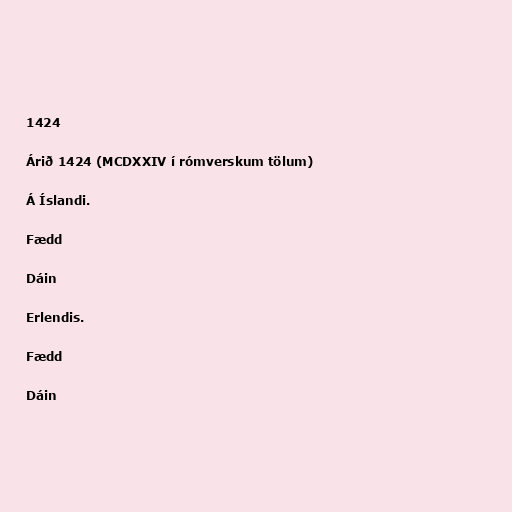
1424

Árið 1424 (MCDXXIV í rómverskum tölum)

Á Íslandi.

Fædd

Dáin

Erlendis.

Fædd

Dáin